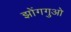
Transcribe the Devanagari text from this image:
झोंगगुओ